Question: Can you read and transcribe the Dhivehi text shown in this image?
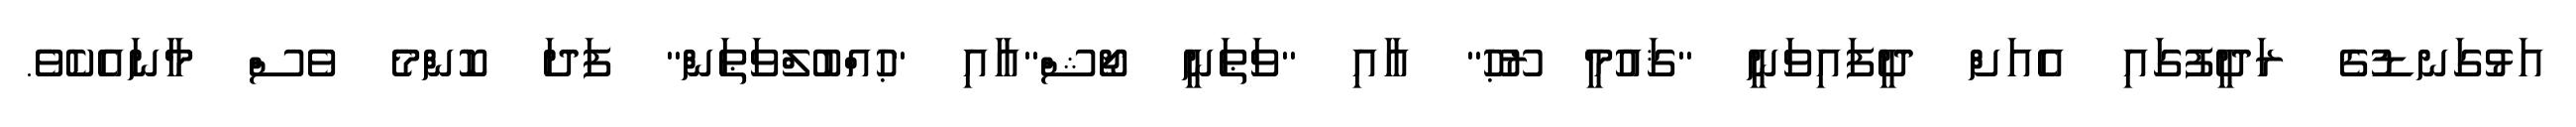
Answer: އަޅުގަނޑުގެ ރަދީފުގައި އެއަށް ދީފައިވަނީ "ޤައުމީ ރޫޙު" އާއި "ވަޠަނީ ޖޯޝް"އާއި "ޙުއްބުލްވަޠަން" ފަދަ ކޮންމެ ވެސް މާނައެކެވެ.